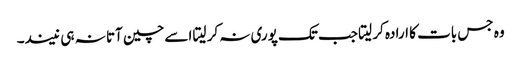
وہ جس بات کا ارادہ کر لیتا جب تک پوری نہ کر لیتا اسے چین آتا نہ ہی نیند۔